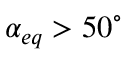
\alpha _ { e q } > 5 0 ^ { \circ }